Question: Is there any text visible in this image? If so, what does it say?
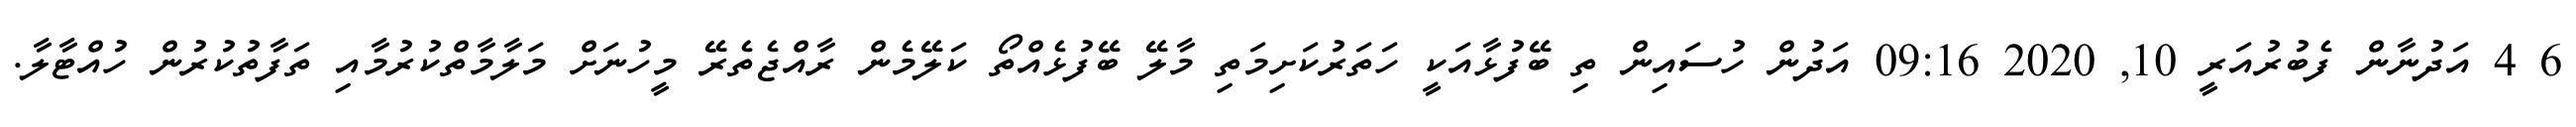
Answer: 6 4 އަދުނާން ފެބުރުއަރީ 10, 2020 09:16 އަދުން ހުސައިން ތި ބޭފުޅާއަކީ ހަތަރުކަށިމަތި މާލޭ ބޭފުޅެއްތޯ ކަލޭމެން ރާއްޖެތެރޭ މީހުނަށް މަލާމާތްކުރުމާއި ތަފާތުކުރުން ހުއްޓާލާ.